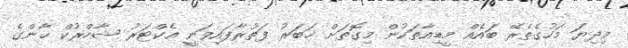
މިދިޔަ މަހުގެތެރޭ ބައެއް މީޑިއާތަކުން މިގޮތަށް ޚަބަރު ފަތުރާފައިވަނީ އެކްޓަރު ޝާހްރުކް ޚާންގެ